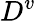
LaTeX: D^{v}